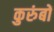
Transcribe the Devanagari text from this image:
कुरुंबों